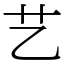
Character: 艺